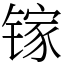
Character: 镓